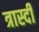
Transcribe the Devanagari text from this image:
त्रास्दी